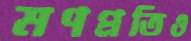
মণপ্রতিও